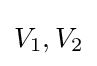
V_{1},V_{2}